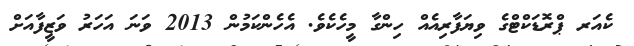
ކެއަރ ޕްރޮޑަކްޓްގެ ވިޔަފާރިއެއް ހިންގާ މީހެކެވެ. އެހެންކަމުން 2013 ވަނަ އަހަރު ވަޒީފާއަށް